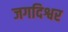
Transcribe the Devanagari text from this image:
जगदिश्वर